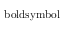
\mathrm { \ b o l d s y m b o l { \ell } }